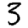
Digit: 3